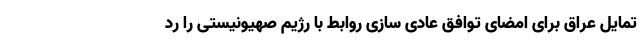
تمایل عراق برای امضای توافق عادی سازی روابط با رژیم صهیونیستی را رد